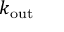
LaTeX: k _ { \mathrm { o u t } }